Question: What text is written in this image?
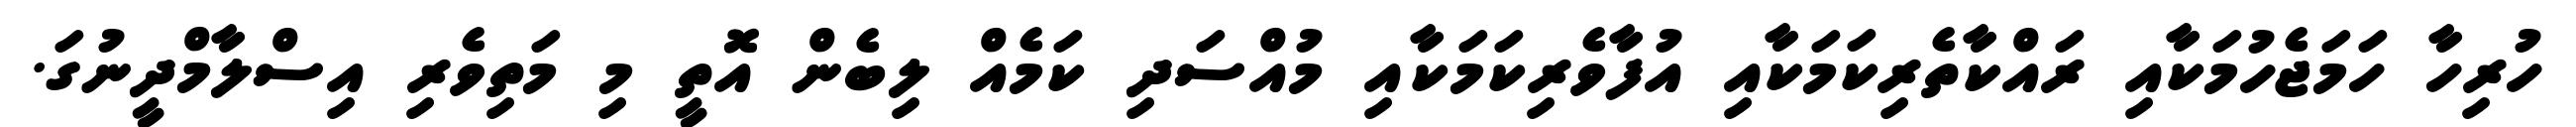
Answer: ހުރިހާ ހަމަޖެހުމަކާއި ރައްކާތެރިކަމަކާއި އުފާވެރިކަމަކާއި މުއްސަދި ކަމެއް ލިބެން އޮތީ މި މަތިވެރި އިސްލާމްދީނުގަ.